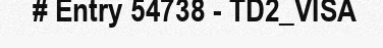
# Entry 54738 - TD2_VISA